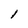
Character: I